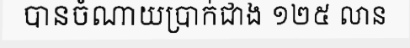
បានចំណាយប្រាក់ជាង ១២៥ លាន